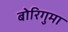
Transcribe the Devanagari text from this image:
बोरिगुमा